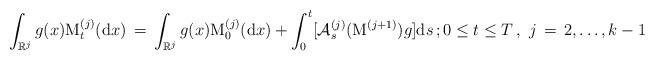
LaTeX: \begin{align*} \int_{\mathbb R^{j}} g(x) {\mathrm M}_{t}^{(j)} ({\mathrm d} x) \, =\, \int_{\mathbb R^{j}} g(x) {\mathrm M}_{0}^{(j)}( {\mathrm d} x ) + \int^{t}_{0} [ \mathcal A_{s}^{(j)}( {\mathrm M}^{(j+1)} ) g] {\mathrm d} s \, ; 0 \le t \le T\, , \, \, j \, =\, 2, \ldots , k-1 \, \end{align*}